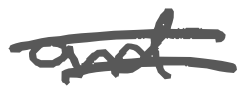
Text: and
Cross-out: double-line
Writing tool: digital_gray